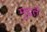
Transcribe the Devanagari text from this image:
मुद्दते